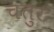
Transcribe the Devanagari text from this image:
चतुरः